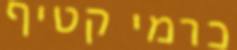
כרמי קטיף